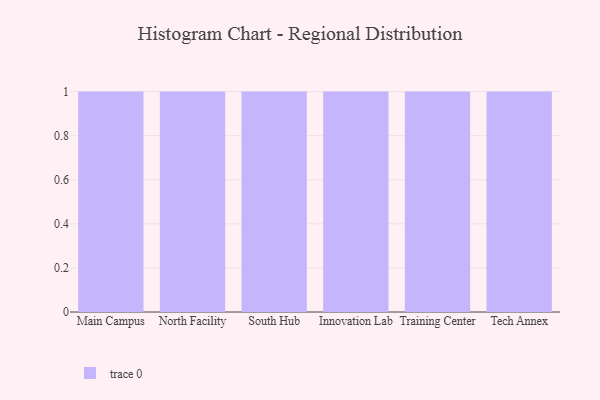
{"axis": {"x": "Campus", "y": "Churn Rate (%)"}, "legend": [""], "data": [{"x": "Main Campus", "y": 44, "type": ""}, {"x": "North Facility", "y": 73, "type": ""}, {"x": "South Hub", "y": 71, "type": ""}, {"x": "Innovation Lab", "y": 67, "type": ""}, {"x": "Training Center", "y": 27, "type": ""}, {"x": "Tech Annex", "y": 9, "type": ""}]}